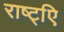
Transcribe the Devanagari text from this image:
राष्ट्िए